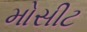
મોસીટ